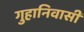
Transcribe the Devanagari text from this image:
गुहानिवासी